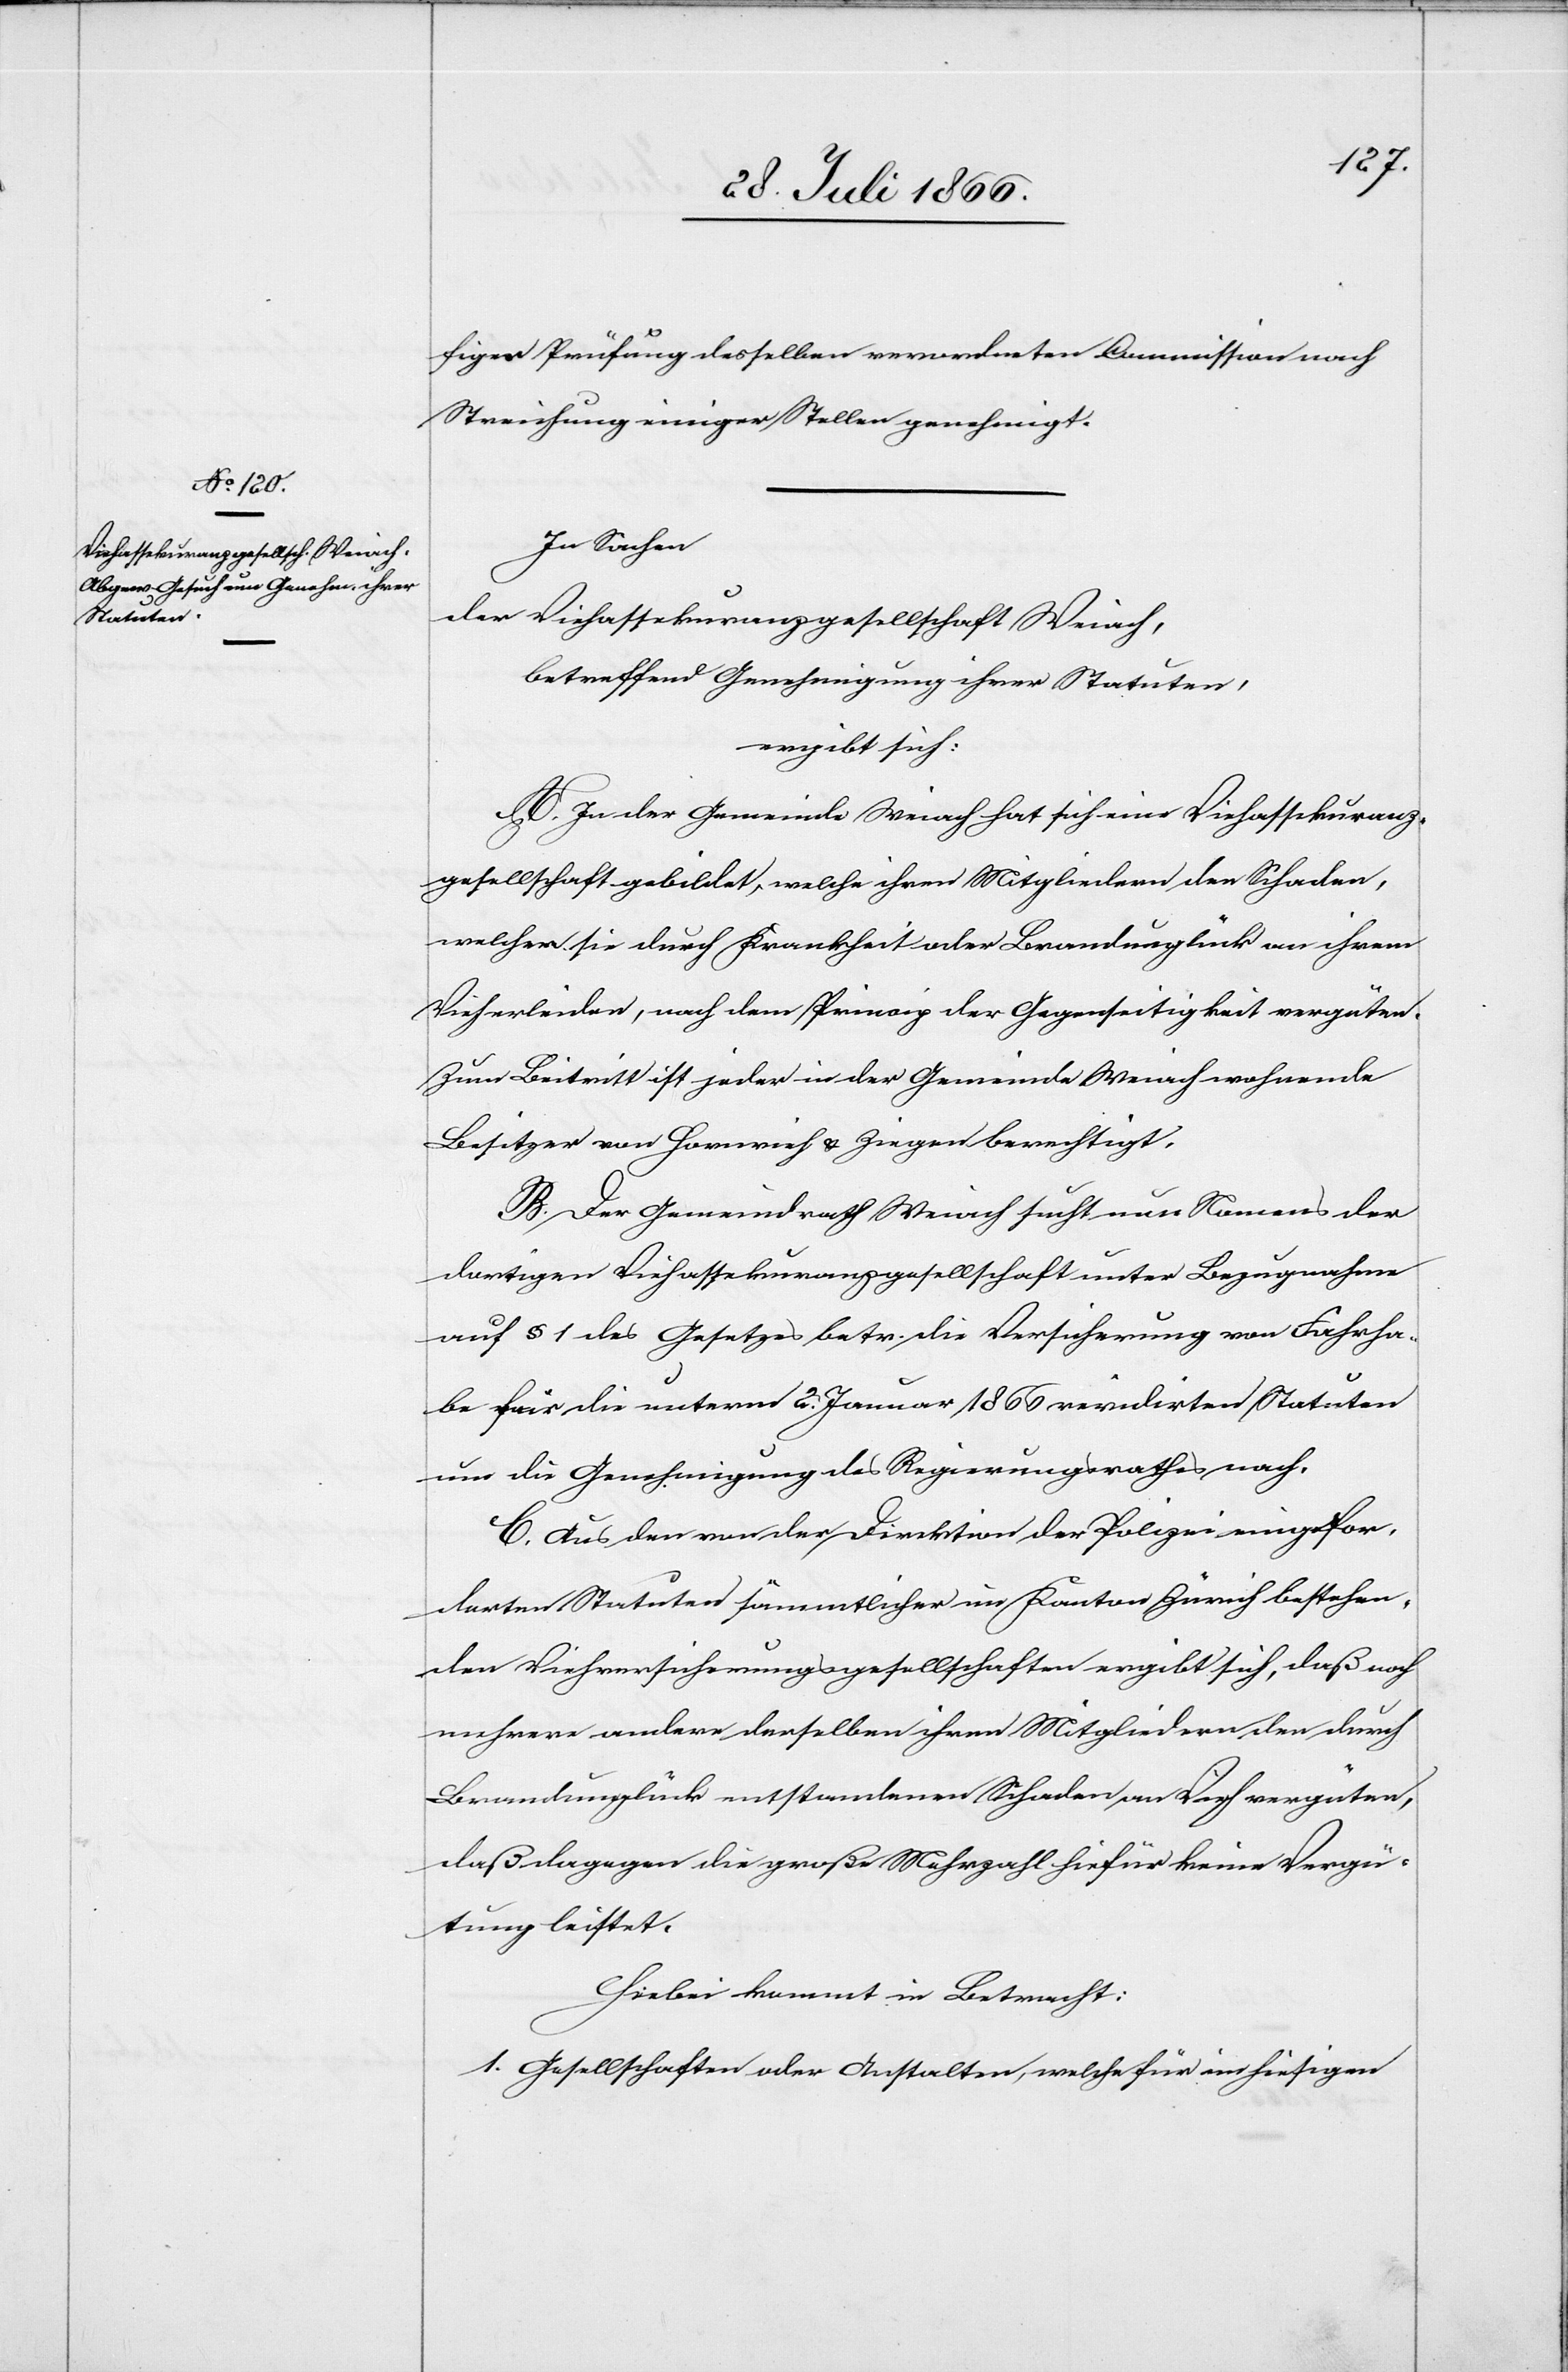
figen Prüfung desselben verordneten Commission nach
Streichung einiger Stellen genehmigt.
In Sachen
der Viehassekuranzgesellschaft Weiach,
betreffend Genehmigung ihrer Statuten,
ergibt sich:
A. In der Gemeinde Weiach hat sich eine Viehassekuranz¬
gesellschaft gebildet, welche ihren Mitgliedern den Schaden,
welchen sie durch Krankheit oder Brandunglück an ihrem
Vieh erleiden, nach dem Princip der Gegenseitigkeit vergüten.
Zum Beitritt ist jeder in der Gemeinde Weiach wohnende
Besitzer von Hornvieh u. Ziegen berechtigt.
B. Der Gemeindrath Weiach sucht nun Namens der
dortigen Viehassekuranzgesellschaft unter Bezugnahme
auf § 1 des Gesetzes betr. die Versicherung von Fahrha¬
be für die unterm 2. Januar 1866 revidirten Statuten
um die Genehmigung des Regierungsrathes nach.
C. Aus den von der Direktion der Polizei eingefor¬
derten Statuten sämmtlicher im Kanton Zürich bestehen¬
den Viehversicherungsgesellschaften ergibt sich, daß noch
mehrere andere derselben ihren Mitgliedern den durch
Brandunglück entstandenen Schaden an Vieh vergüten,
daß dagegen die große Mehrzahl hiefür keine Vergü¬
tung leistet.
Hiebei kommt in Betracht:
1. Gesellschaften oder Anstalten, welche für im hiesigen